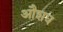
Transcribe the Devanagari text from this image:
औशध